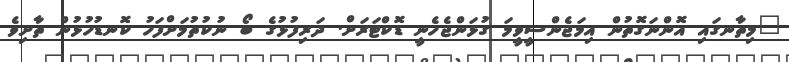
"މިތާނގައި އޮންނަގޮތުން އިމަޖެންސީވީމަ ގުޅަންޖެހެނީ ޑޮކްޓަރަށް. ދަރިފުޅުގެ ބޯ ނުކުތުމަށްފަހު ކޮނޑުހުޅުން ތާށިވެ